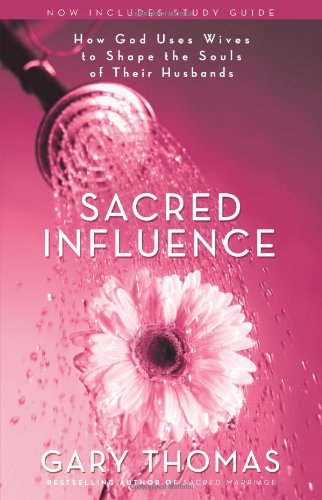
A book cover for Sacred Influence: How God Uses Wives to Shape the Souls of Their Husbands; Gary L. Thomas; Politics & Social Sciences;